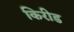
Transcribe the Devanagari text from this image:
किरीड